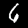
Digit: 6